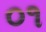
૦૧